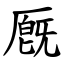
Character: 厩